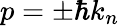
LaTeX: p=\pm\hbar k_{n}